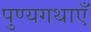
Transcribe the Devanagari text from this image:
पुण्यगथाएँ